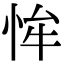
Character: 恈